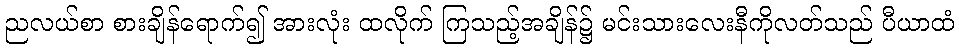
ညလယ်စာ စားချိန်ရောက်၍ အားလုံး ထလိုက် ကြသည့်အချိန်၌ မင်းသားလေးနီကိုလတ်သည် ပီယာထံ